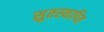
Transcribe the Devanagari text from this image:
सुतस्थापित